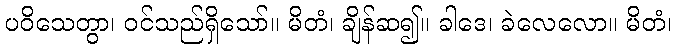
ပဝိသေတွာ၊ ဝင်သည်ရှိသော်။ မိတံ၊ ချိန်ဆ၍။ ခါဒေ၊ ခဲလေလော။ မိတံ၊